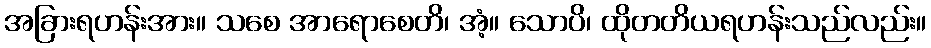
အခြားရဟန်းအား။ သစေ အာရောစေတိ၊ အံ့။ သောပိ၊ ထိုတတိယရဟန်းသည်လည်း။